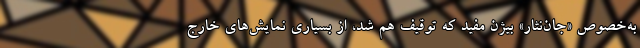
به‌خصوص «جان‌نثار» بیژن مفید که توقیف هم شد، از بسیاری نمایش‌های خارج